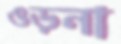
ওড়না